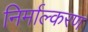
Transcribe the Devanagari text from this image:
निर्माल्करण